Document type: Emphyteutic lease
Year: 1316
Scribe: Guillem de Vila
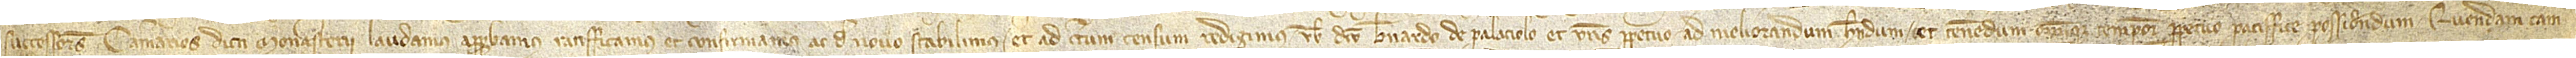
successores camerarios dicti monasterii laudamus, approbamus, ratifficamus et confirmamus ac de novo stabilimus et ad certum censum  redigimus vobis dicto Bernardo de Palaciolo  et vestris perpetuo, ad meliorandum, habendum et tenendum omnique tempore perpetuo paciffice possidendum, quendam cam-